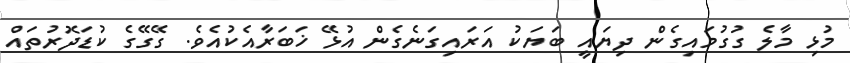
މުޅި މާލެ ގުގުމައިގެން ދިޔައީ ބަޔަކު އަރައިގަނެގެން އުޅޭ ޚަބަރާއެކުއެވެ. ގޭގޭގެ ކުޑަދޮރުތައް